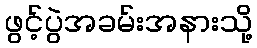
ဖွင့်ပွဲအခမ်းအနားသို့